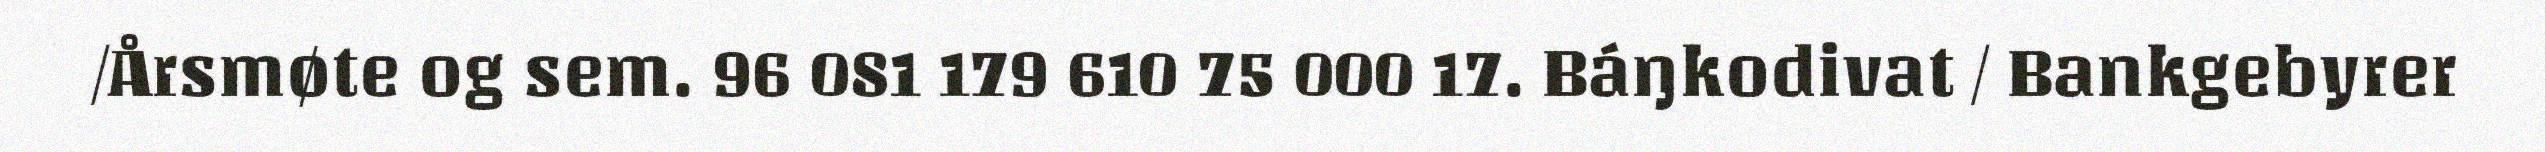
/Årsmøte og sem. 96 081 179 610 75 000 17. Báŋkodivat / Bankgebyrer